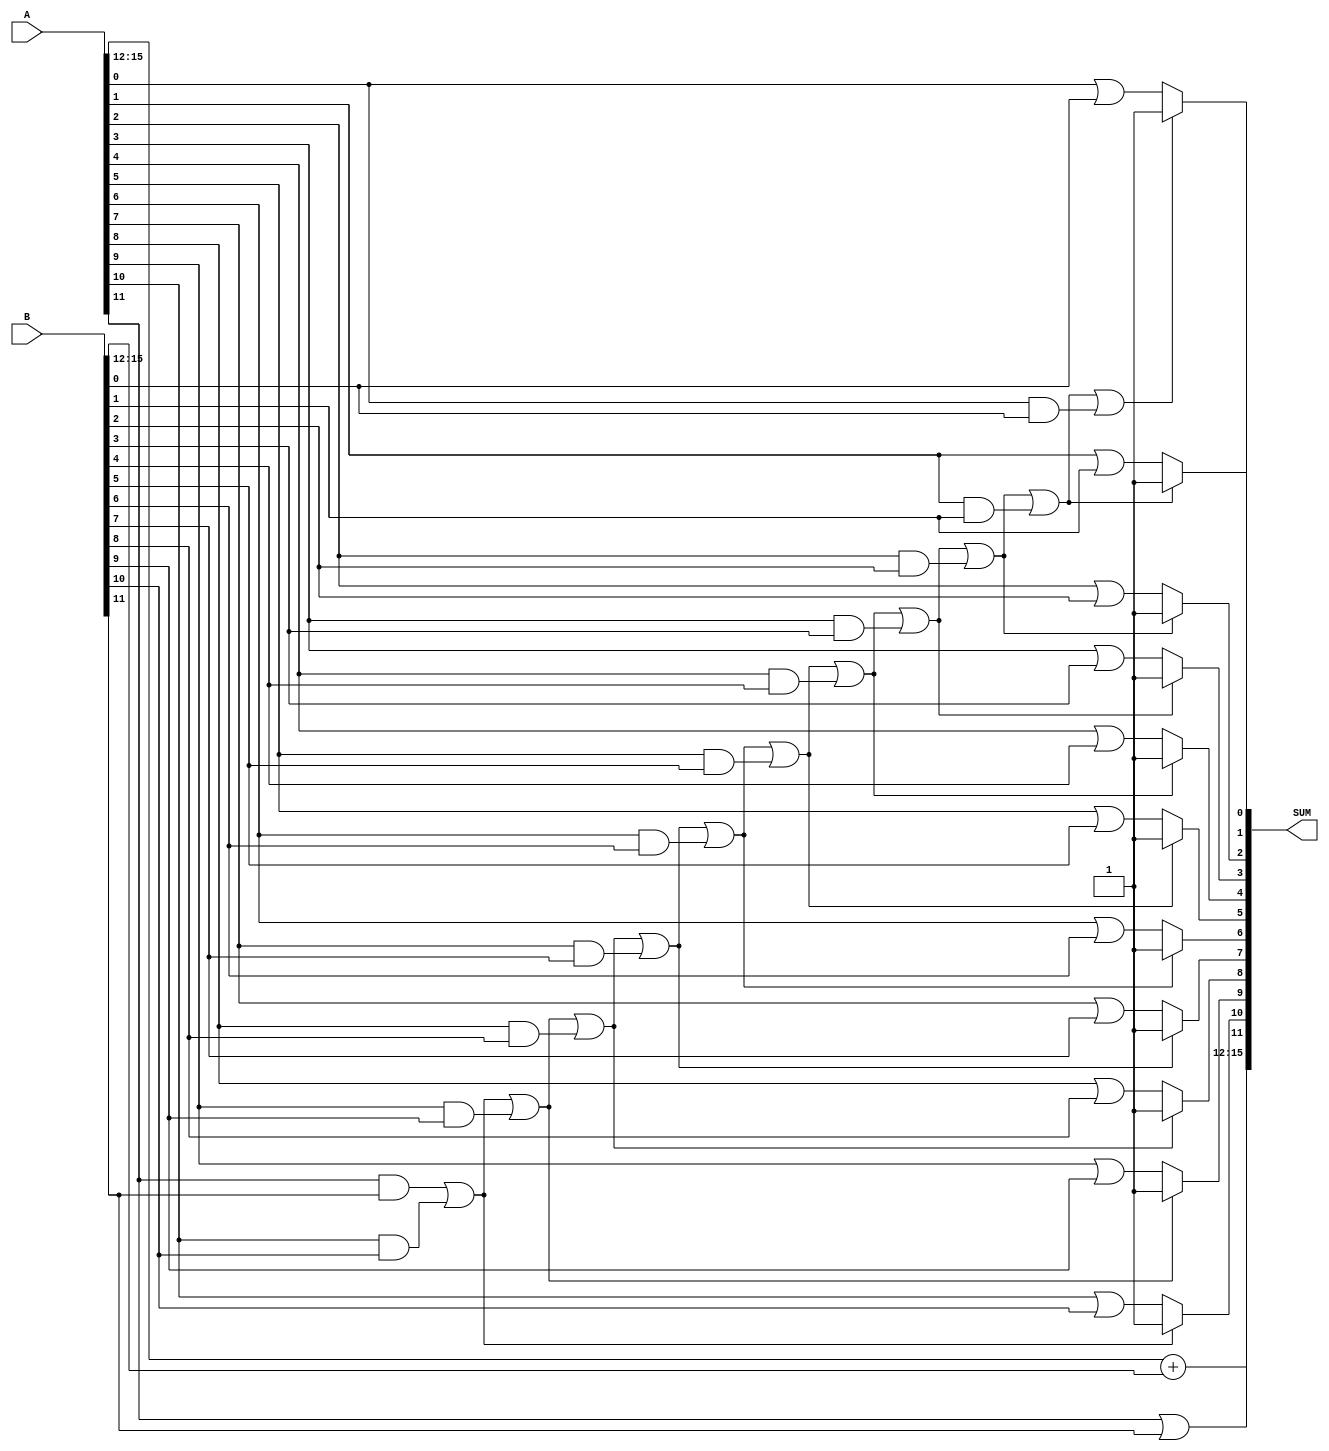
/**************************************************************************
 *  16bit adder                                                            *
 *  Written by: S. H. Kang                                                *
 **************************************************************************/
`ifndef i_ap_adder
`define i_ap_adder
module i_ap_adder (A, B, SUM);

input   [15:0]  A, B;
output  [15:0]  SUM;


wire    [3:0]  ASUM = A[15:12] + B[15:12];
wire    [11:0]  ISUM;

wire    [11:0]  G, P;

assign  P[0] = A[0] && B[0];
assign  P[1] = A[1] && B[1];
assign  P[2] = A[2] && B[2];
assign  P[3] = A[3] && B[3];
assign  P[4] = A[4] && B[4];
assign  P[5] = A[5] && B[5];
assign  P[6] = A[6] && B[6];
assign  P[7] = A[7] && B[7];
assign  P[8] = A[8] && B[8];
assign  P[9] = A[9] && B[9];
assign  P[10] = A[10] && B[10];
assign  P[11] = A[11] && B[11];

assign  G[0] = A[0] || B[0];
assign  G[1] = A[1] || B[1];
assign  G[2] = A[2] || B[2];
assign  G[3] = A[3] || B[3];
assign  G[4] = A[4] || B[4];
assign  G[5] = A[5] || B[5];
assign  G[6] = A[6] || B[6];
assign  G[7] = A[7] || B[7];
assign  G[8] = A[8] || B[8];
assign  G[9] = A[9] || B[9];
assign  G[10] = A[10] || B[10];
assign  G[11] = A[11] || B[11];

assign ISUM[11] =G[11];
assign ISUM[10] =P[11] || P[10] ? 1'b1 : G[10];
assign ISUM[9] = P[11] || P[10] || P[9] ? 1'b1 : G[9];
assign ISUM[8] = P[11] || P[10] || P[9] || P[8] ? 1'b1 : G[8];
assign ISUM[7] = P[11] || P[10] || P[9] || P[8] || P[7] ? 1'b1 : G[7];
assign ISUM[6] = P[11] || P[10] || P[9] || P[8] || P[7] || P[6] ? 1'b1 : G[6];
assign ISUM[5] = P[11] || P[10] || P[9] || P[8] || P[7] || P[6] || P[5] ? 1'b1 : G[5];
assign ISUM[4] = P[11] || P[10] || P[9] || P[8] || P[7] || P[6] || P[5] || P[4] ? 1'b1 : G[4];
assign ISUM[3] = P[11] || P[10] || P[9] || P[8] || P[7] || P[6] || P[5] || P[4] || P[3] ? 1'b1 : G[3];
assign ISUM[2] = P[11] || P[10] || P[9] || P[8] || P[7] || P[6] || P[5] || P[4] || P[3] || P[2] ? 1'b1 : G[2];
assign ISUM[1] = P[11] || P[10] || P[9] || P[8] || P[7] || P[6] || P[5] || P[4] || P[3] || P[2] || P[1] ? 1'b1 : G[1];
assign ISUM[0] = P[11] || P[10] || P[9] || P[8] || P[7] || P[6] || P[5] || P[4] || P[3] || P[2] || P[1] || P[0] ? 1'b1 : G[0];

assign SUM    = {ASUM, ISUM};
endmodule
`endif